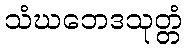
သံဃဘေဒသုတ္တံ